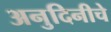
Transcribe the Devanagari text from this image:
अनुदिनीचे